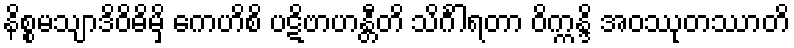
နိစ္စမသျာဒိဝိဓိမှိ ကေဟိစိ ပဋိဗာဟန္တီတိ သိင်္ဂါရတာ ဝိက္ကန္ဒိ အဝဿုတဿာတိ